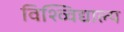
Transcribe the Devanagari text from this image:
विश्व्विद्याल्य